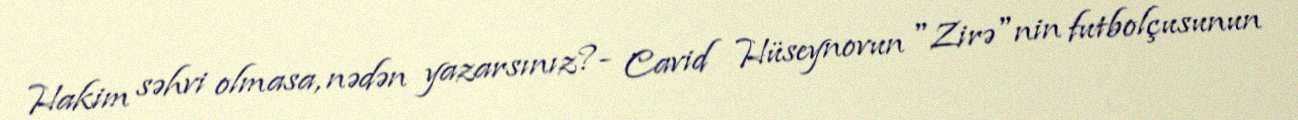
Hakim səhvi olmasa, nədən yazarsınız?- Cavid Hüseynovun "Zirə"nin futbolçusunun